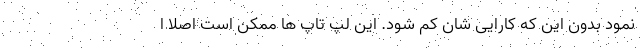
نمود بدون این که کارایی شان کم شود. این لپ تاپ ها ممکن است اصلا ا